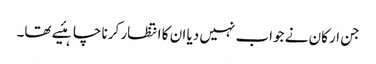
جن ارکان نے جواب نہیں دیا ان کا انتظار کرنا چاہئیے تھا۔